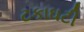
ટકાઘટી